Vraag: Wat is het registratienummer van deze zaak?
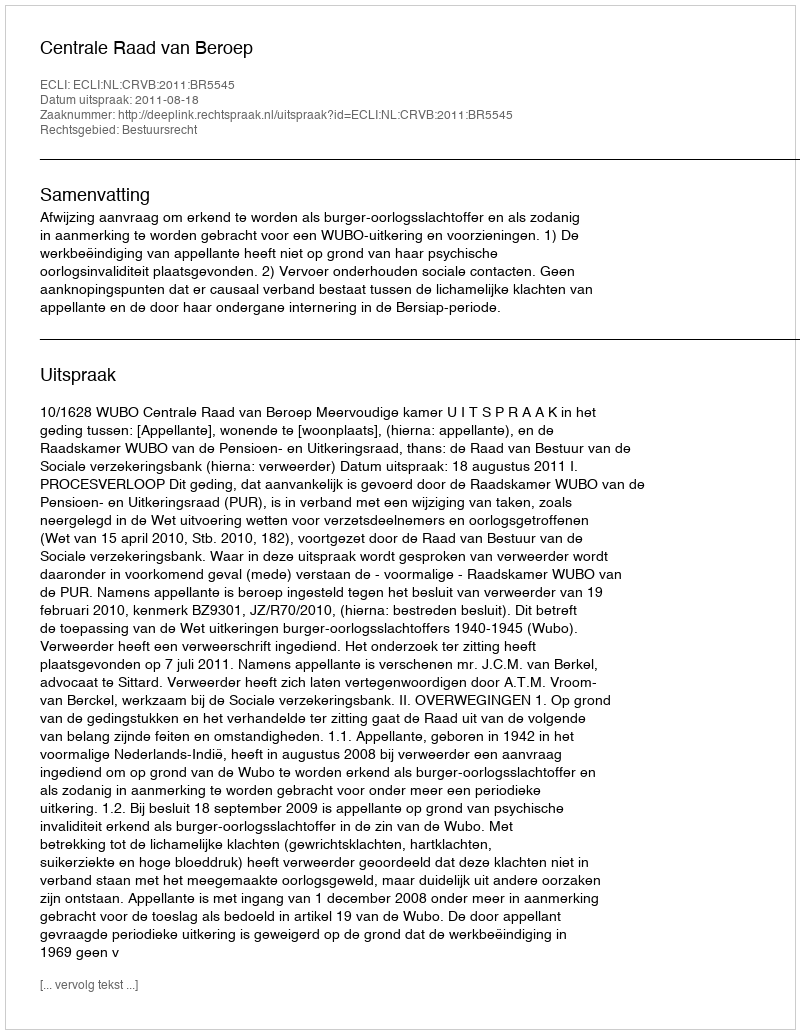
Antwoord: http://deeplink.rechtspraak.nl/uitspraak?id=ECLI:NL:CRVB:2011:BR5545